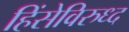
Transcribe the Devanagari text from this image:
हिंसेविरुध्द